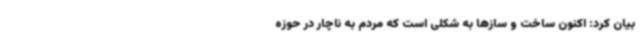
بیان کرد: اکنون ساخت و سازها به شکلی است که مردم به ناچار در حوزه